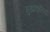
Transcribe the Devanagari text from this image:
मुखाकृतियों